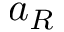
a _ { R }